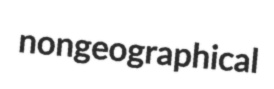
nongeographical